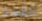
القمم